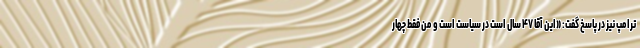
ترامپ نیز در پاسخ گفت: «این آقا ۴۷ سال است در سیاست است و من فقط چهار